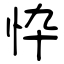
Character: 忰